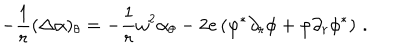
LaTeX: - \frac 1 r ( \Delta \alpha ) _ { \theta } = - \frac 1 r \omega ^ { 2 } \alpha _ { \theta } - 2 e \left( \varphi ^ { * } \partial _ { r } \phi + \varphi \partial _ { r } \phi ^ { * } \right) \, .